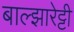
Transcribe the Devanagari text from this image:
बाल्झारेट्टी